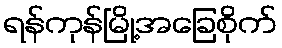
ရန်ကုန်မြို့အခြေစိုက်